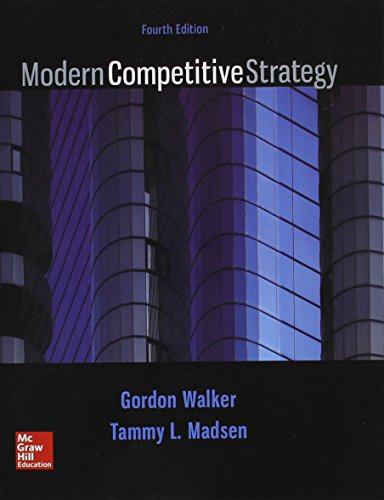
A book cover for Modern Competitive Strategy; Gordon Walker; Business & Money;